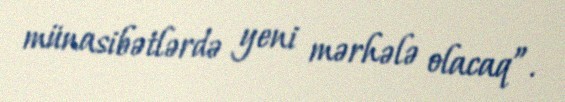
münasibətlərdə yeni mərhələ olacaq”.